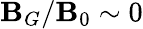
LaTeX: \mathbf{B}_{G}/\mathbf{B}_{0}\sim0